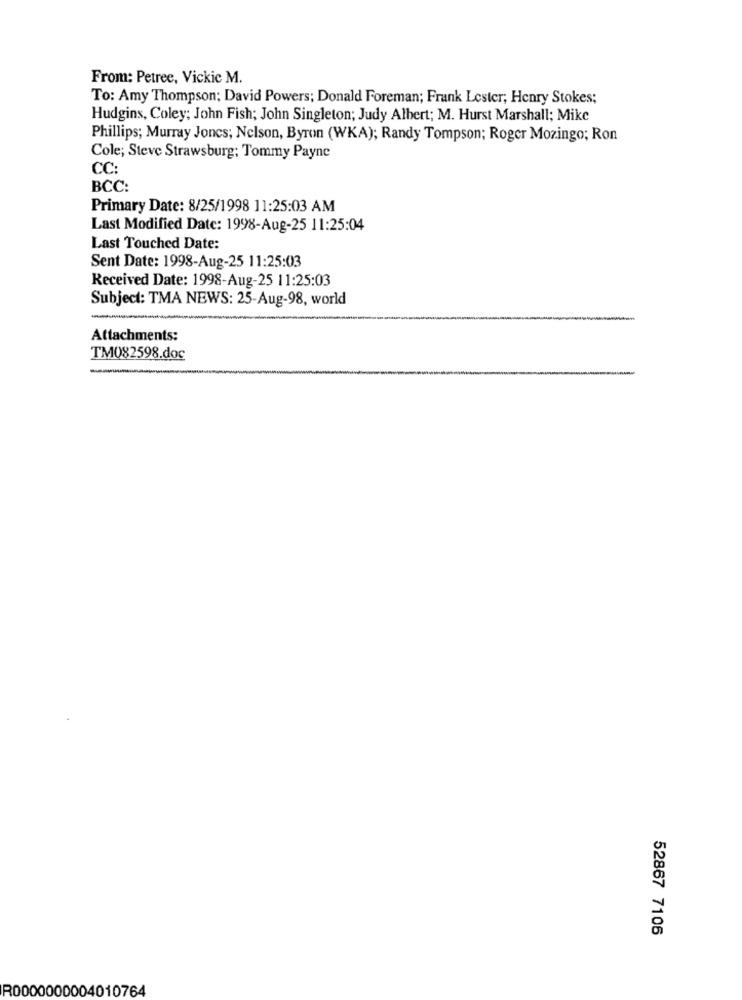
From: Petree, Vickic M.
To: Amy Thompson; David Powers; Donald Foreman; Frank Lester; Henry Stokes;
Hudgins, Coley; John Fish; John Singleton; Judy Albert; M. Hurst Marshall; Mike
Phillips; Murray Joncs; Nelson, Byron (WKA); Randy Tompson; Roger Mozingo; Ron
Cole; Steve Strawsburg: Tommy Payne
CC:
BCC:
Primary Date: 8/25/1998 11:25:03 AM
Last Modified Date: 1998-Aug-25 11:25:04
Last Touched Date:
Sent Date: 1998-Aug-25 11:25:03
Received Date: 1998-Aug-25 11:25:03
Subject: TMA NEWS: 25-Aug-98, world
Attachments:
TM082598.doc
52867 7106
R0000000004010764